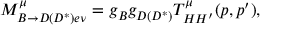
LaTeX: M _ { B \to D ( D ^ { * } ) e \nu } ^ { \mu } = g _ { B } g _ { D ( D ^ { * } ) } T _ { H H ^ { \prime } } ^ { \mu } ( p , p ^ { \prime } ) ,